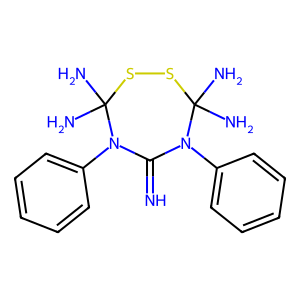
SMILES: N=C1N(c2ccccc2)C(N)(N)SSC(N)(N)N1c1ccccc1
Inhibits HIV replication: No